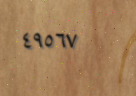
٤٩٥٦٧